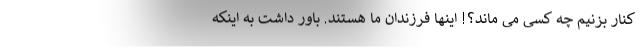
کنار بزنیم چه کسی می ماند؟! اینها فرزندان ما هستند. باور داشت به اینکه